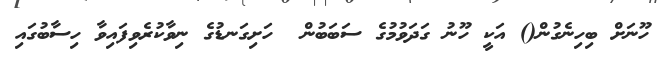
ހޫނަށް ބިހިނެގުން() އަކީ ހޫނު ގަދަވުމުގެ ސަބަބުން  ހަށިގަނޑުގެ ނިވާކުރެވިފައިވާ ހިސާބުގައި